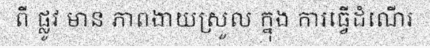
ពី ផ្លូវ មាន ភាពងាយស្រួល ក្នុង ការធ្វើដំណើរ